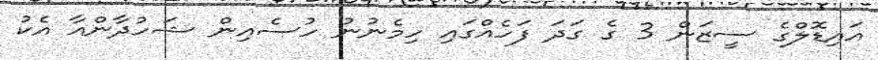
އައިޑޮލްގެ ސީޒަން 3 ގެ ގަދަ ފަހެއްގައި ހިމެނުނު ހުސެއިން ޝަހުދާންއާ އެކު